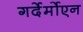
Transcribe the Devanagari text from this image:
गर्देर्मोएन